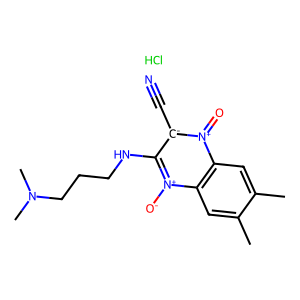
SMILES: Cc1cc2c(cc1C)[n+](=O)[c-](C#N)c(NCCCN(C)C)[n+]2[O-].Cl
Inhibits HIV replication: No